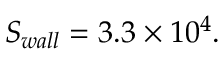
S _ { w a l l } = 3 . 3 \times 1 0 ^ { 4 } .